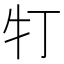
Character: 𤘖